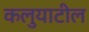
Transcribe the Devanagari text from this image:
कलुयाटील